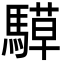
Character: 騲